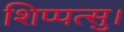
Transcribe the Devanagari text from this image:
शिप्पत्सु।